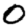
Digit: 0